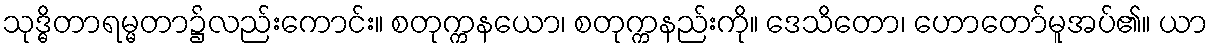
သုဒ္ဓိတာရမ္မတာ၌လည်းကောင်း။ စတုက္ကနယော၊ စတုက္ကနည်းကို။ ဒေသိတော၊ ဟောတော်မူအပ်၏။ ယာ